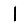
Digit: 1